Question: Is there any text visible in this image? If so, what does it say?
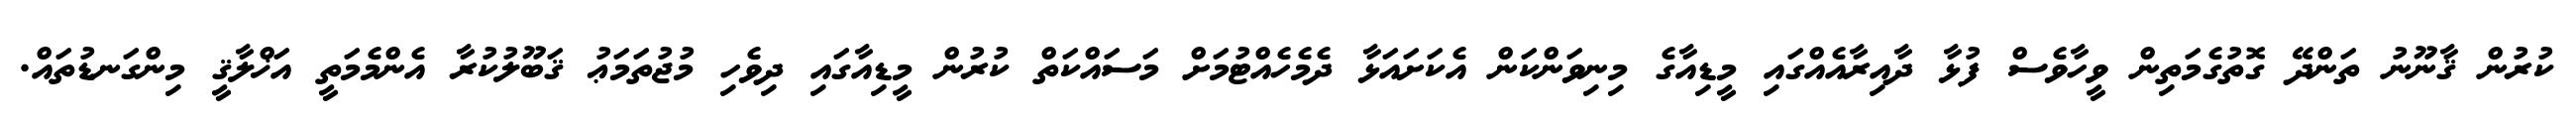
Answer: ކުރުން ޤާނޫނު ތަންދޭ ގޮތުގެމަތިން ވީހާވެސް ފުޅާ ދާއިރާއެއްގައި މީޑިއާގެ މިނިވަންކަން އެކަށައަޅާ ދެމެހެއްޓުމަށް މަސައްކަތް ކުރުން މީޑިއާގައި ދިވެހި މުޖުތަމަޢު ޤަބޫލުކުރާ އެންމެމަތީ އަޚްލާޤީ މިންގަނޑުތައް.